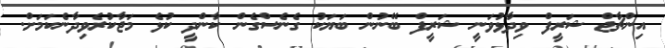
އިންޗާޖް ޝަރީފް ވިދާޅުވަނީ ޝަރީފް ބޭނުން ބަޔަކު ގެނެސްގެން ކާންދީ ކުޅެ މަޖާކުރެވިދާނެކަމަށް.